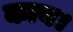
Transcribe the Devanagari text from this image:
काय।